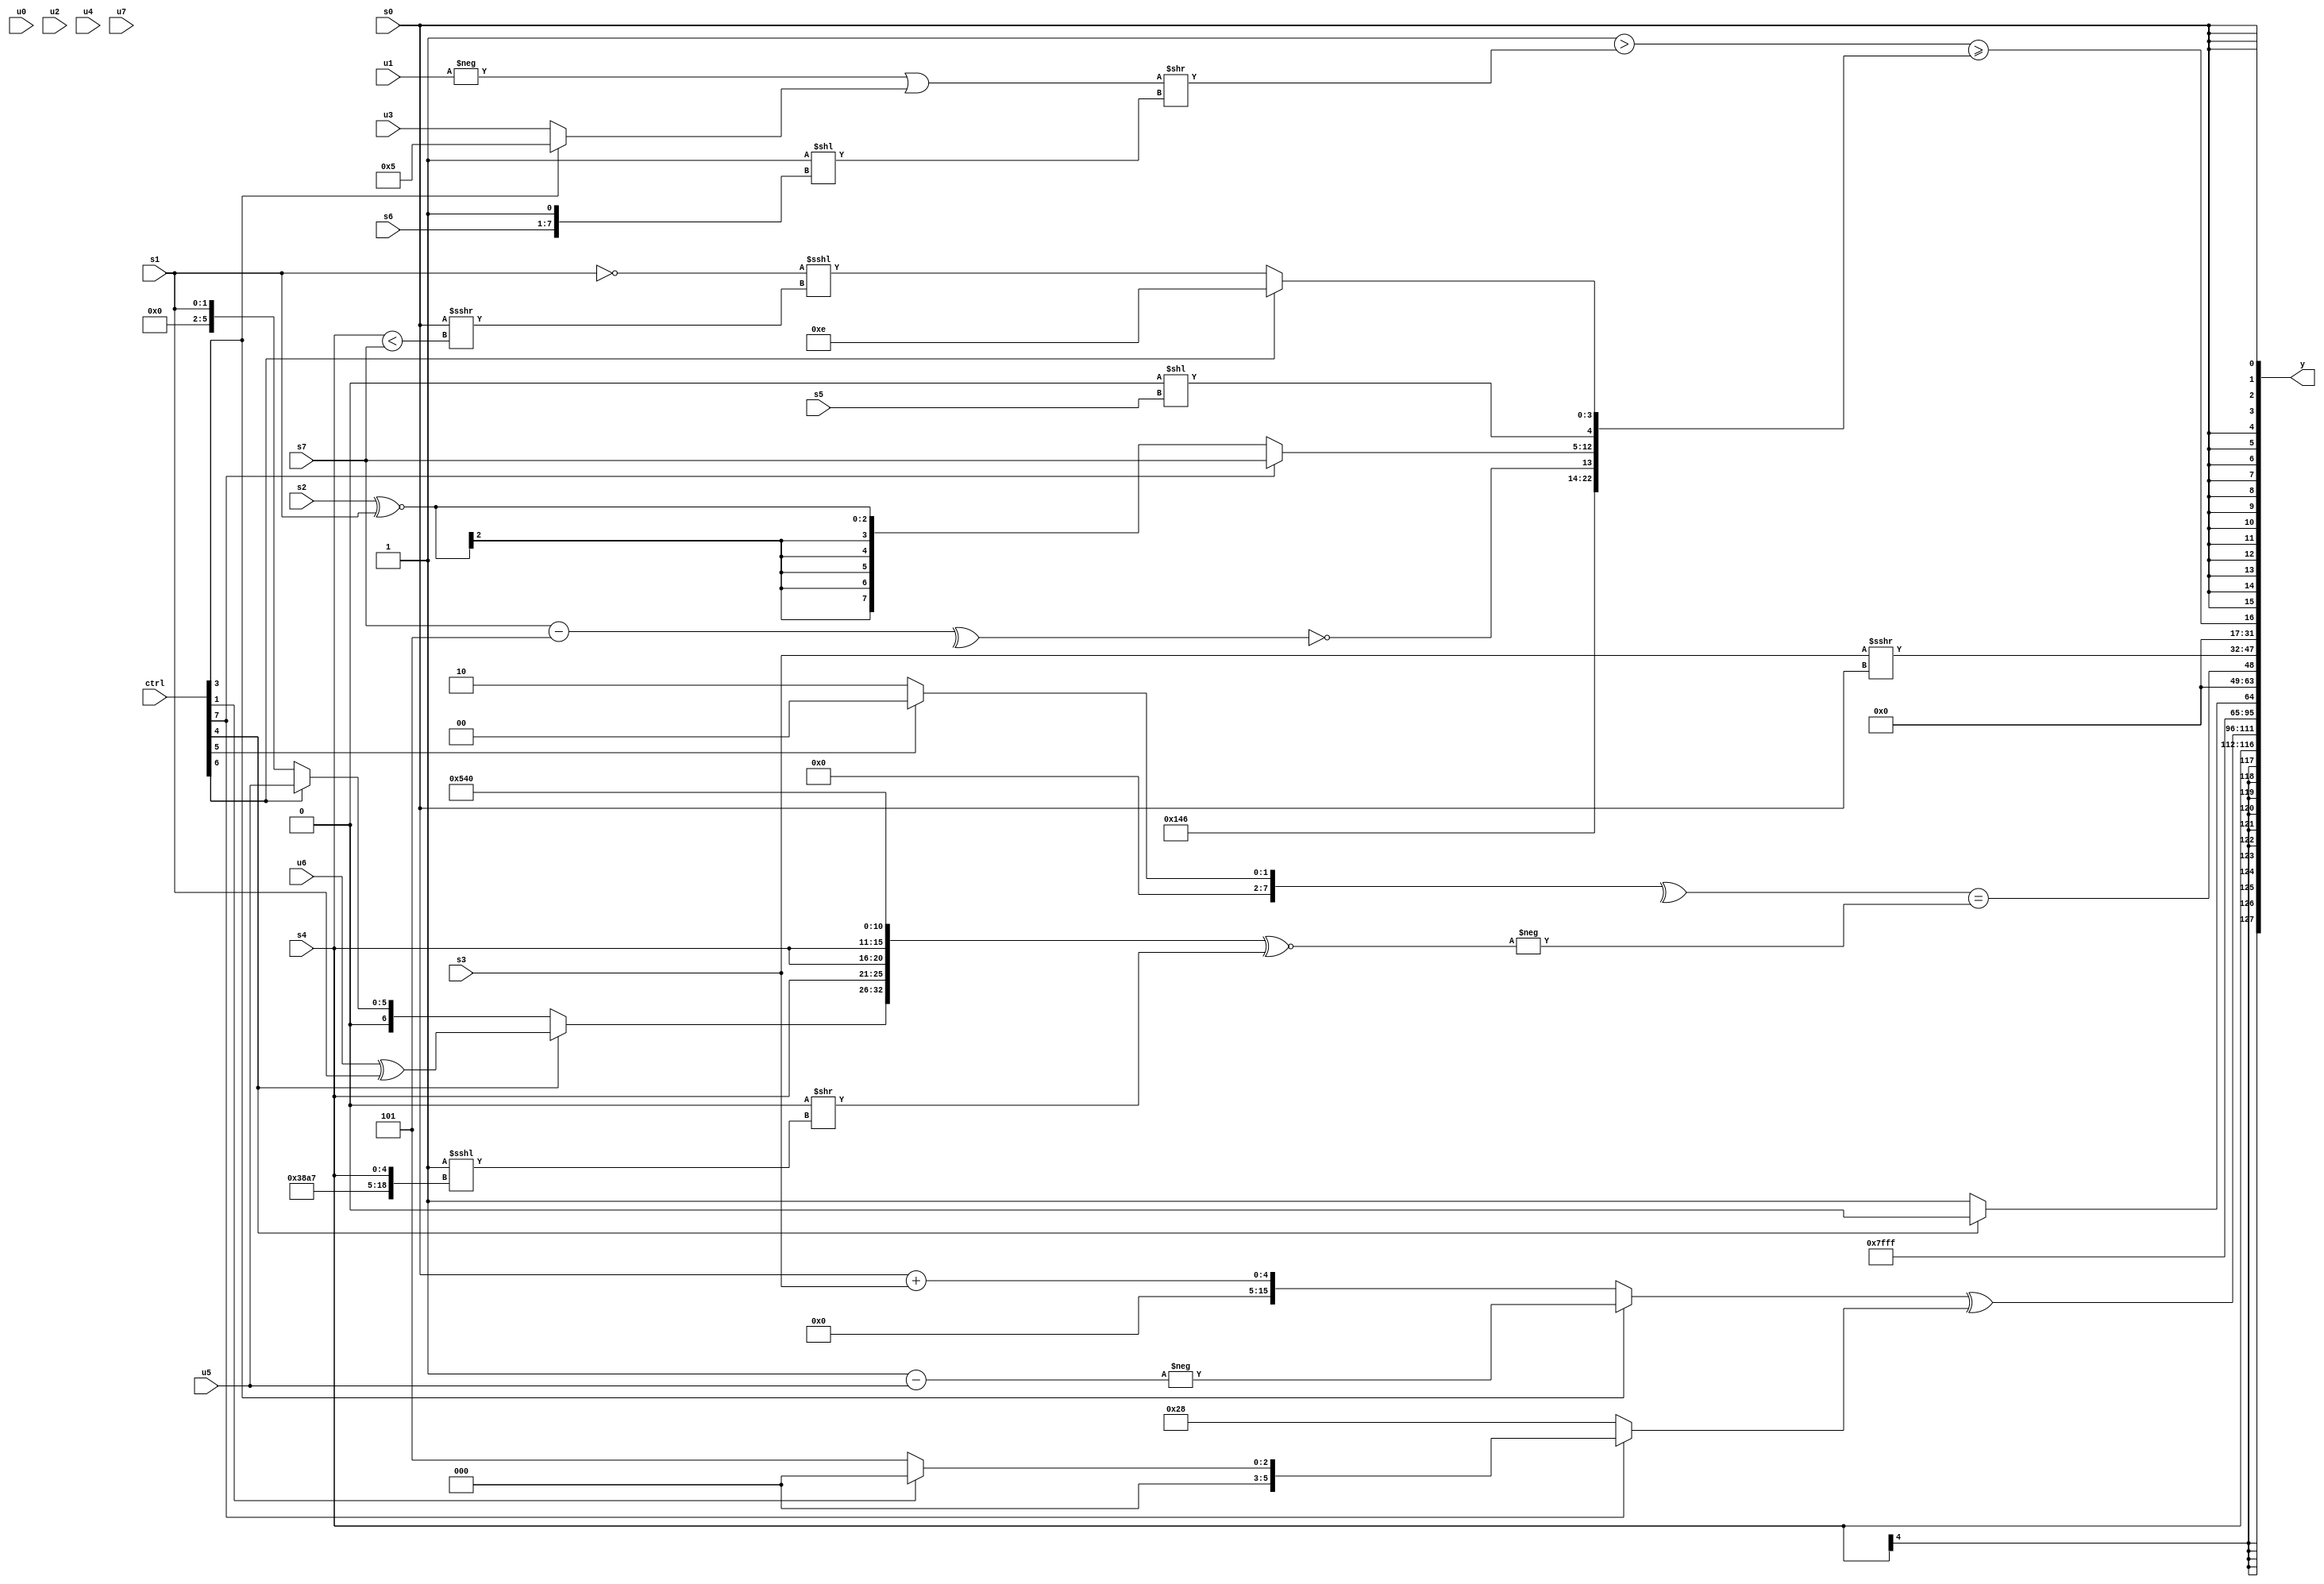
module wideexpr_00203(ctrl, u0, u1, u2, u3, u4, u5, u6, u7, s0, s1, s2, s3, s4, s5, s6, s7, y);
  input [7:0] ctrl;
  input [0:0] u0;
  input [1:0] u1;
  input [2:0] u2;
  input [3:0] u3;
  input [4:0] u4;
  input [5:0] u5;
  input [6:0] u6;
  input [7:0] u7;
  input signed [0:0] s0;
  input signed [1:0] s1;
  input signed [2:0] s2;
  input signed [3:0] s3;
  input signed [4:0] s4;
  input signed [5:0] s5;
  input signed [6:0] s6;
  input signed [7:0] s7;
  output [127:0] y;
  wire [15:0] y0;
  wire [15:0] y1;
  wire [15:0] y2;
  wire [15:0] y3;
  wire [15:0] y4;
  wire [15:0] y5;
  wire [15:0] y6;
  wire [15:0] y7;
  assign y = {y0,y1,y2,y3,y4,y5,y6,y7};
  assign y0 = s4;
  assign y1 = +(((ctrl[3]?-($unsigned((2'sb01)-(u5))):(s0)+($signed($signed(s3)))))^((ctrl[7]?(ctrl[1]?((4'sb1001)^(3'sb011))<<($signed(5'sb10101)):($signed(1'sb1))|(3'sb101)):6'sb101000)));
  assign y2 = ((ctrl[1]?&((((-(+(5'sb01001)))>>>(-(3'sb001)))&(+((ctrl[1]?$signed(6'b110010):$signed(3'sb000)))))-(1'sb1)):({2{+((((ctrl[0]?s4:u4))<<<($signed(u1)))-({(3'sb100)<<<(3'sb111)}))}})>>(($signed((((ctrl[7]?s4:s0))-((ctrl[2]?3'sb010:3'sb010)))<<(((s3)>>>(1'b0))<<(s2))))<<<((5'sb01011)<=((((2'sb01)+(s4))-((6'sb111100)<<(6'sb010110)))+(($signed(s1))+($signed(u4))))))))<<(6'b010011);
  assign y3 = (ctrl[4]?3'sb110:1'sb1);
  assign y4 = (+(^((ctrl[5]?$signed(-(1'b0)):(ctrl[5]?s7:(ctrl[6]?5'sb00010:3'sb010))))))==(-(({(ctrl[4]?(u6)^(s1):(ctrl[6]?u5:s1)),$unsigned({3{s4}}),$signed($signed(6'sb101010)),((5'b11100)|(4'b1000))>>>(4'b1111)})^~(({3{4'sb0000}})>>((+(3'sb111))<<<({5'sb11100,6'sb010100,3'b111,s4})))));
  assign y5 = ($unsigned(s3))>>>(s0);
  assign y6 = ((2'sb11)>($signed(((-(u1))|((ctrl[3]?4'b0101:u3)))>>(($unsigned(1'b1))<<({s6,1'b1})))))>=({3'b101,$signed($signed(1'sb0)),{5'sb00110,!(^((s7)-(4'sb1101))),(ctrl[7]?(ctrl[7]?s7:4'sb1001):$signed((s2)^~(s1))),((~^(5'sb11000))>>($signed(6'sb011000)))<<(s5)},(ctrl[6]?4'b1110:(({3{1'b0}})==(s1))<<<(($signed(s0))>>>((s4)<(s7))))});
  assign y7 = s0;
endmodule